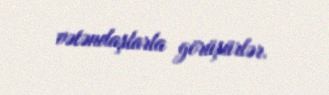
vətəndaşlarla görüşürlər.